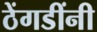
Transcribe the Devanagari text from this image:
ठेंगडींनी